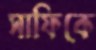
সাফিকে